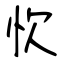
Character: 忺